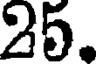
25.